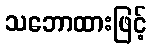
သဘောထားဖြင့်